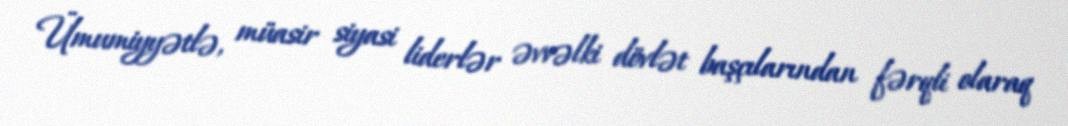
Ümumiyyətlə, müasir siyasi liderlər əvvəlki dövlət başçılarından fərqli olaraq